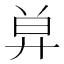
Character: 𢍋